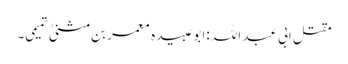
مقتل ابی عبد اللہ :ابو عبیدہ معمر بن مثنیٰ تمیمی۔